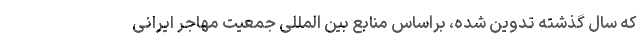
که سال گذشته تدوین شده، براساس منابع بین المللی جمعیت مهاجر ایرانی